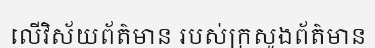
លើវិស័យព័ត៌មាន របស់ក្រសួងព័ត៌មាន